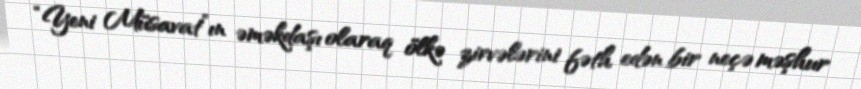
“Yeni Müsavat”ın əməkdaşı olaraq ölkə zirvələrini fəth edən bir neçə məşhur